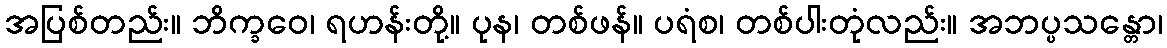
အပြစ်တည်း။ ဘိက္ခဝေ၊ ရဟန်းတို့။ ပုန၊ တစ်ဖန်။ ပရံစ၊ တစ်ပါးတုံလည်း။ အဘပ္ပသန္တော၊